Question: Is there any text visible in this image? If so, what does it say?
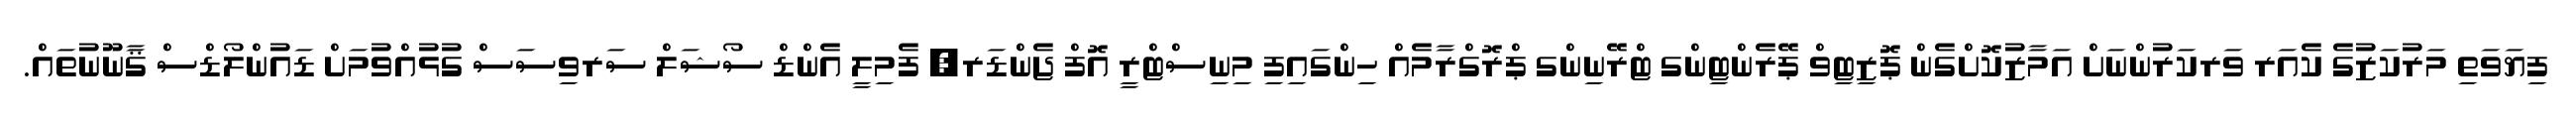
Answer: ފިޔަވަތި މަރުކަޒުގެ ކެއަރ ވަރކަރުންނަށް އަމާޒުކޮށްގެން ޕޮޒިޓިވް ޕޭރެންޓިންގ ޓްރޭނިންގ ޕްރޮގްރާމެއް ހިންގައިފި މިނިސްޓްރީ އޮފް ޖެންޑަރ, ފެމިލީ އެންޑް ސޯޝަލް ސަރވިސަސް ގުޅުއްވުމަށް ޑައުންލޯޑްސް ޤާނޫނުތައް.